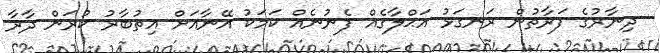
ދިނާރުގެ ފަރާތުން ރަނގަޅު އަޙްލާގެއް ފެނުނެއް ކަމަކު އޭނާއަށް އިތުބާރު ކުރަން ދާރާ